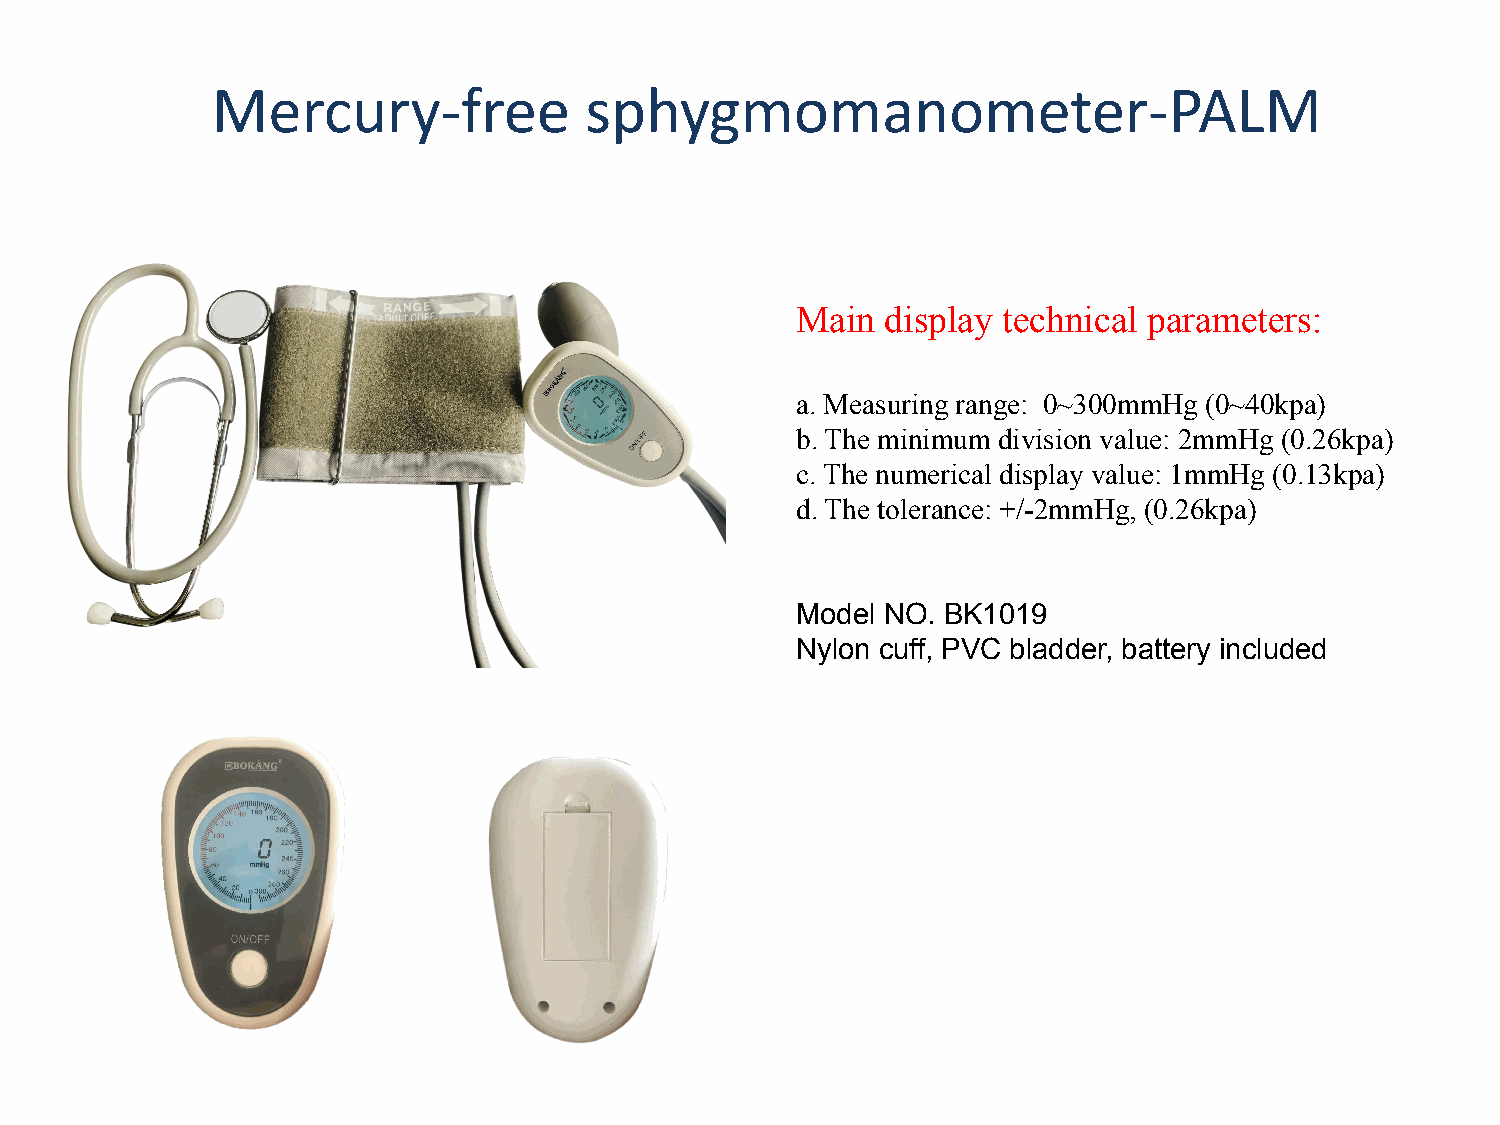
Mercury-free             sphygmomanometer-PALM
 Main  display technical parameters:
 a. Measuring range: 0~300mmHg (0~40kpa)
 b. The minimum division value: 2mmHg (0.26kpa)
 c. The numerical display value: 1mmHg (0.13kpa)
 d. The tolerance: +/-2mmHg, (0.26kpa)
 Model NO. BK1019
 Nylon cuff, PVC bladder, battery included